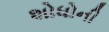
શોધોની